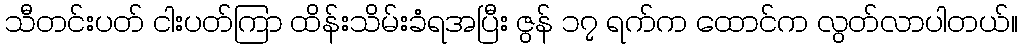
သီတင်းပတ် ငါးပတ်ကြာ ထိန်းသိမ်းခံရအပြီး ဇွန် ၁၇ ရက်က ထောင်က လွတ်လာပါတယ်။